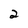
Character: 2